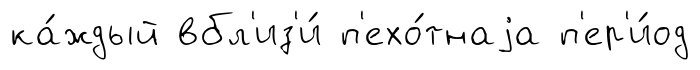
ка́ждый вбл'из'и́ п'ехо́тнаjа п'ер'и́од